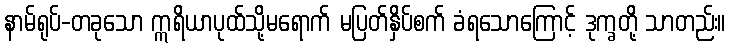
နာမ်ရုပ်-တခုသော ဣရိယာပုထ်သို့မရောက် မပြတ်နှိပ်စက် ခံရသောကြောင့် ဒုက္ခတို့ သာတည်း။